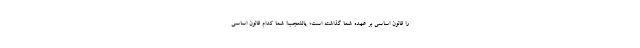
را قانون اساسی بر عهده شما گذاشته است؛ یاللعجب! شما کدام قانون اساسی